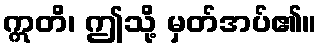
ဣတိ၊ ဤသို့ မှတ်အပ်၏။